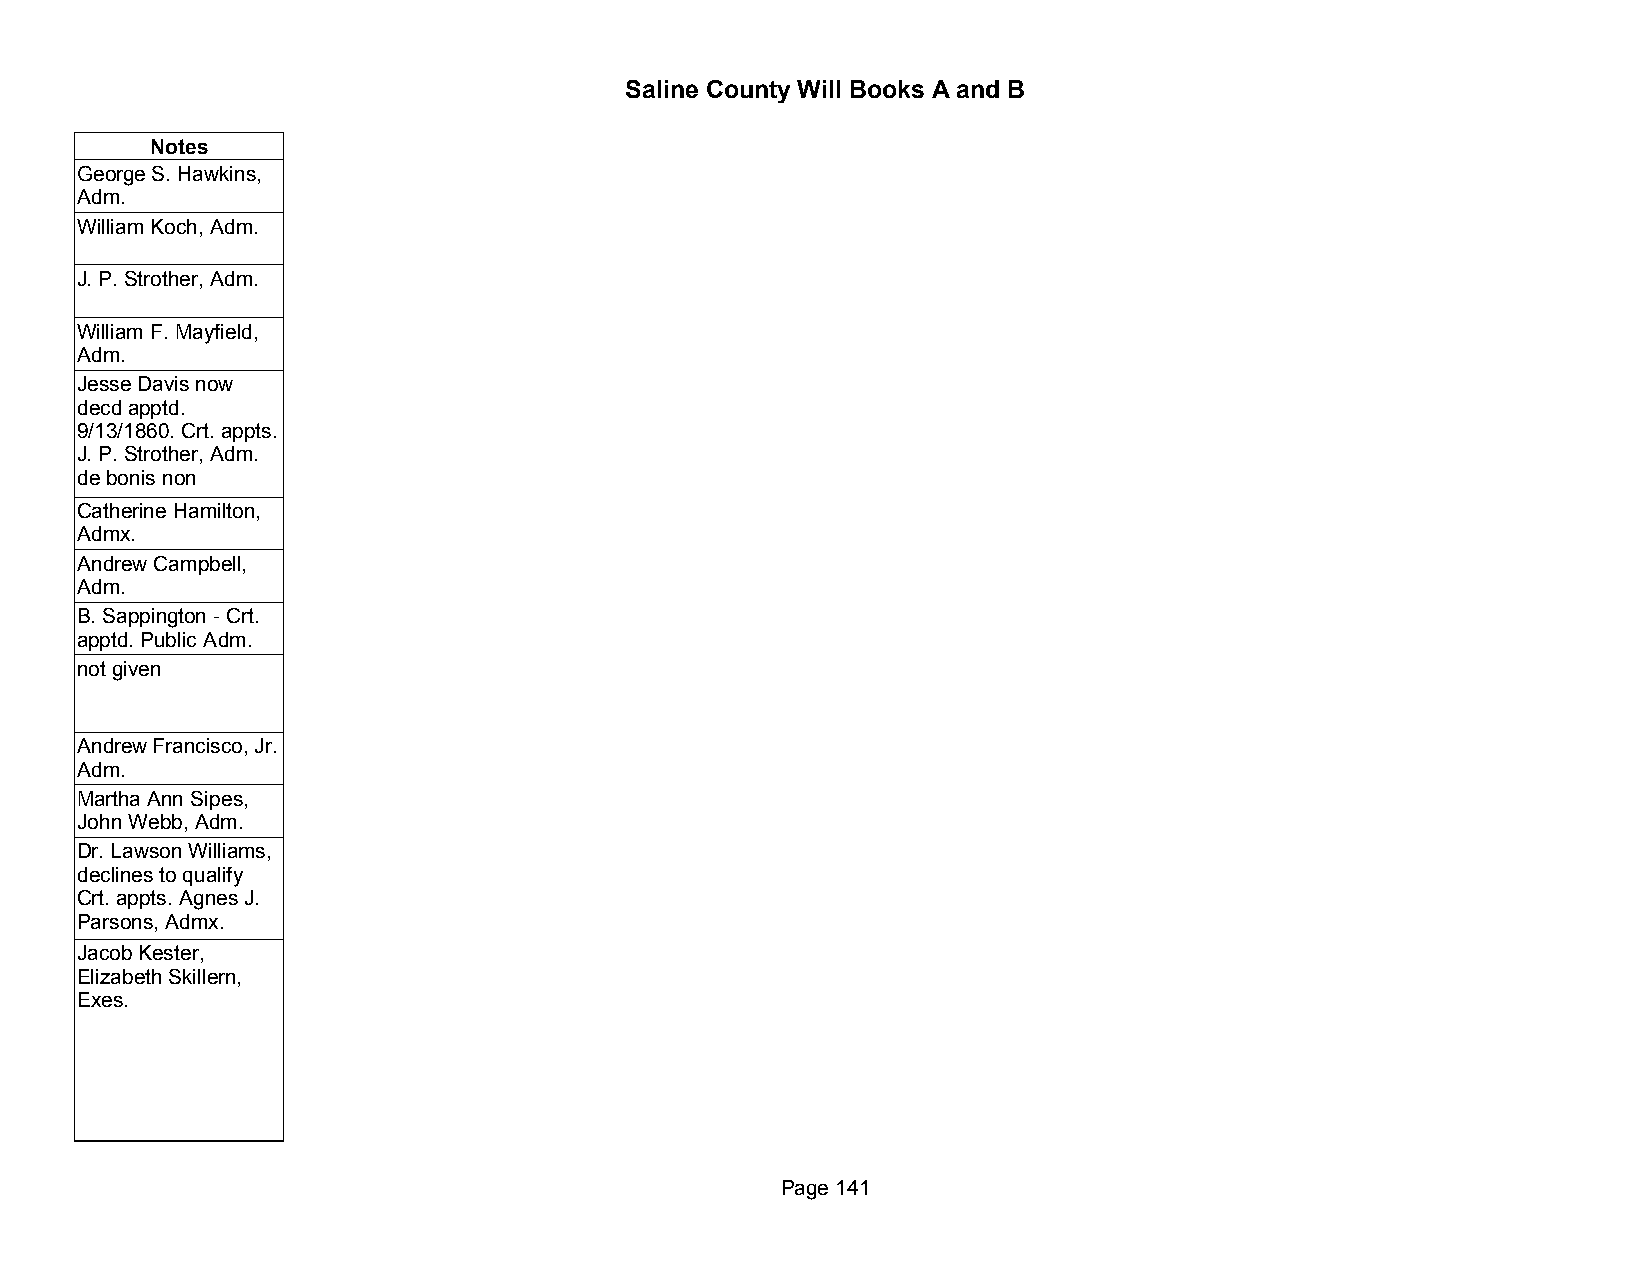
Saline County Will Books A and B
 Notes
 George S. Hawkins,
 Adm.
 William Koch, Adm.
 J. P. Strother, Adm.
 William F. Mayfield,
 Adm.
 Jesse Davis now
 decd apptd.
 9/13/1860. Crt. appts.
 J. P. Strother, Adm.
 de bonis non
 Catherine Hamilton,
 Admx.
 Andrew Campbell,
 Adm.
 B. Sappington - Crt.
 apptd. Public Adm.
 not given
 Andrew Francisco, Jr.
 Adm.
 Martha Ann Sipes,
 John Webb, Adm.
 Dr. Lawson Williams,
 declines to qualify
 Crt. appts. Agnes J.
 Parsons, Admx.
 Jacob Kester,
 Elizabeth Skillern,
 Exes.
 Page 141